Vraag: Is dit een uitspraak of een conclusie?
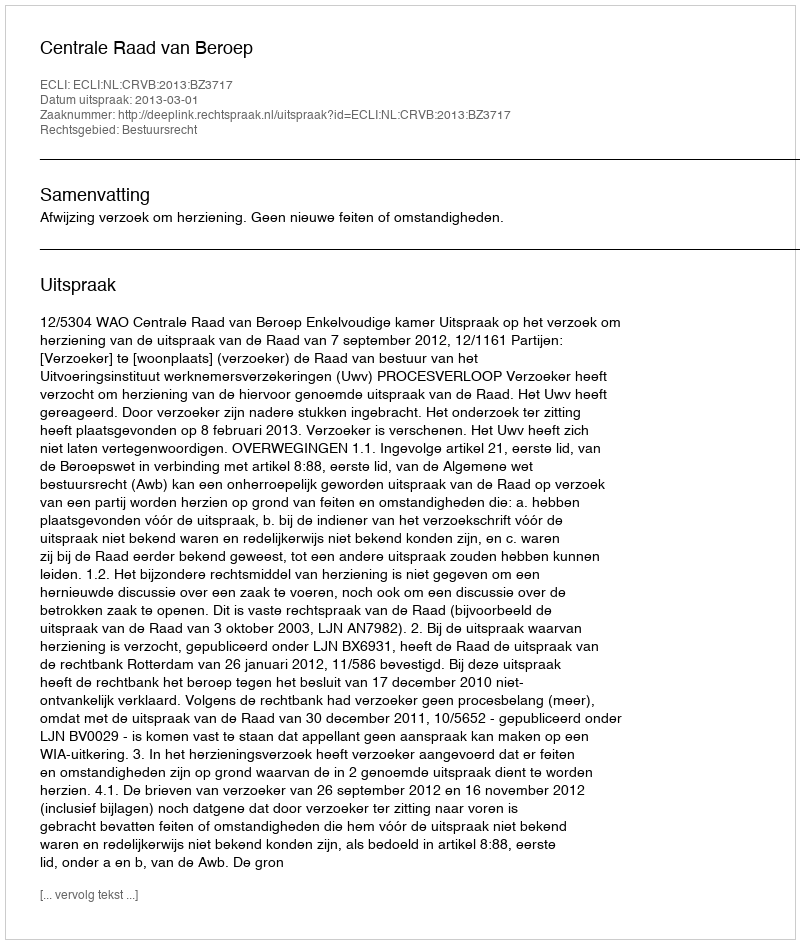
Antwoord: Uitspraak